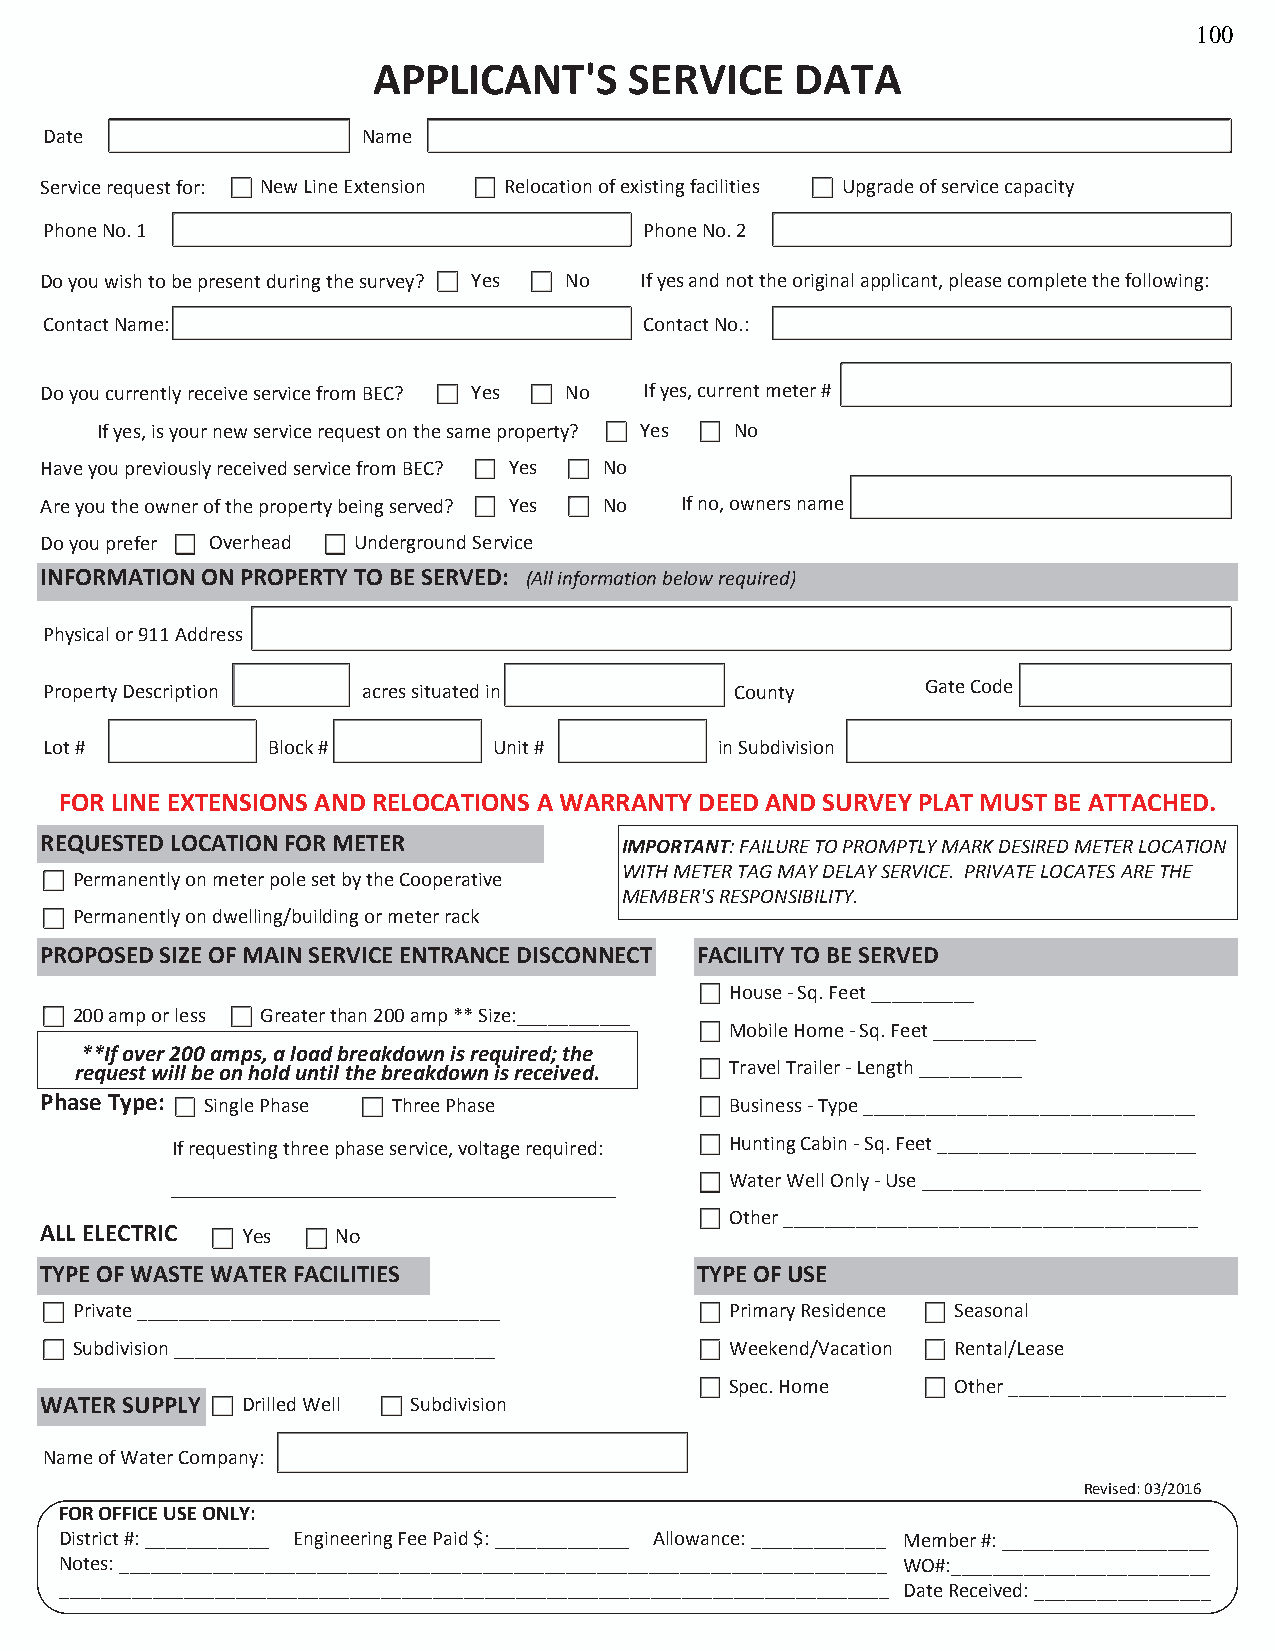
100
 APPLICANT'S      SERVICE    DATA
 Date                 Name
 Service request for: New Line Extension Relocation of existing facilities Upgrade of service capacity
 Phone No. 1                             Phone No. 2
 Do you wish to be present during the survey? Yes No If yes and not the original applicant, please complete the following:
 Contact Name:                           Contact No.:
 Do you currently receive service from BEC? Yes No If yes, current meter #
 If yes, is your new service request on the same property? Yes No
 Have you previously received service from BEC? Yes No
 Are you the owner of the property being served? Yes No If no, owners name
 Do you prefer Overhead Underground Service
 INFORMATION ON PROPERTY TO BE SERVED: (All information below required)
 Physical or 911 Address
 Property Description acres situated in        County      Gate Code
 Lot #          Block #        Unit #         in Subdivision
 FOR LINE EXTENSIONS AND RELOCATIONS A WARRANTY DEED AND SURVEY PLAT MUST BE ATTACHED.
 REQUESTED LOCATION FOR METER          IMPORTANT: FAILURE TO PROMPTLY MARK DESIRED METER LOCATION
 WITH METER TAG MAY DELAY SERVICE. PRIVATE LOCATES ARE THE
 Permanently on meter pole set by the Cooperative
 MEMBER'S RESPONSIBILITY.
 Permanently on dwelling/building or meter rack
 PROPOSED SIZE OF MAIN SERVICE ENTRANCE DISCONNECT FACILITY TO BE SERVED
 House - Sq. Feet __________
 200 amp or less Greater than 200 amp ** Size:___________
 Mobile Home - Sq. Feet __________
 **If over 200 amps, a load breakdown is required; the
 request will be on hold until the breakdown is received. Travel Trailer - Length __________
 Phase Type: Single Phase Three Phase         Business - Type ________________________________
 If requesting three phase service, voltage required: Hunting Cabin - Sq. Feet _________________________
 Water Well Only - Use ___________________________
 Other ________________________________________
 ALL ELECTRIC Yes   No
 TYPE OF WASTE WATER FACILITIES             TYPE OF USE
 Private ___________________________________ Primary Residence Seasonal
 Subdivision _______________________________ Weekend/Vacation Rental/Lease
 Spec. Home     Other _____________________
 WATER SUPPLY Drilled Well Subdivision
 Name of Water Company:
 Revised: 03/2016
 F O R O F F I C E U S E O N L Y :
 District #: ____________ Engineering Fee Paid $: _____________ Allowance: _____________ Member #: ____________________
 Notes: __________________________________________________________________________ WO#:_________________________
 ________________________________________________________________________________ Date Received: _________________